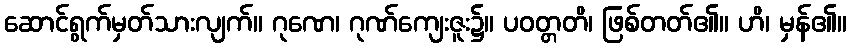
ဆောင်ရွက်မှတ်သားလျက်။ ဂုဏေ၊ ဂုဏ်ကျေးဇူး၌။ ပဝတ္တတိ၊ ဖြစ်တတ်၏။ ဟိ၊ မှန်၏။